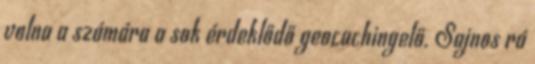
volna a számára a sok érdeklődő geocachingelő. Sajnos rá